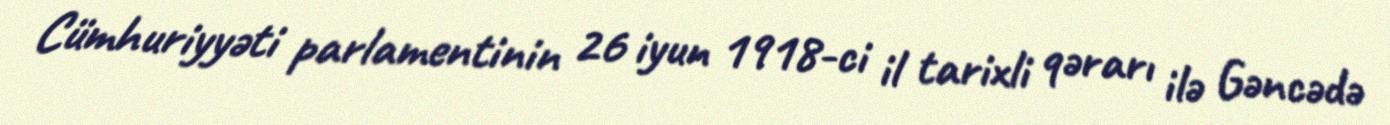
Cümhuriyyəti parlamentinin 26 iyun 1918-ci il tarixli qərarı ilə Gəncədə